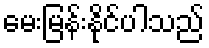
မေးမြန်းနိုင်ပါသည်